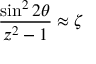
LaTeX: { \frac { \sin ^ { 2 } 2 \theta } { z ^ { 2 } - 1 } } \approx \zeta